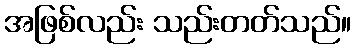
အဖြစ်လည်း သည်းတတ်သည်။